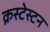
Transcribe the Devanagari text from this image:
क्रस्टेस्टन